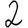
Digit: 2